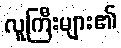
လူကြီးများ၏